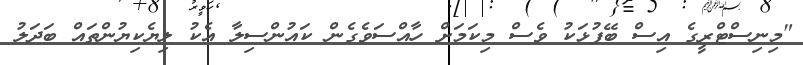
"މިނިސްޓްރީގެ އިސް ބޭފުޅަކު ވެސް މިކަމަށް ހާއްސަވެގެން ކައުންސިލާ އެކު ލިޔެކިޔުންތައް ބަދަލު